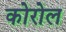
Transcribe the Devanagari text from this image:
कोरोल